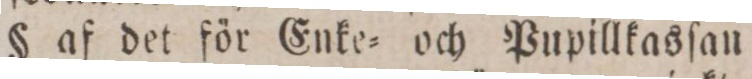
§ af det för Enke= och Pupillkasſan